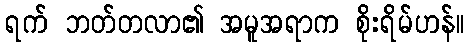
ရက် ဘတ်တလာ၏ အမူအရာက စိုးရိမ်ဟန်။